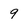
Character: 9